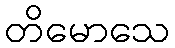
တိမောသေ